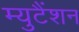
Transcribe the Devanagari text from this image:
म्युटैंशन